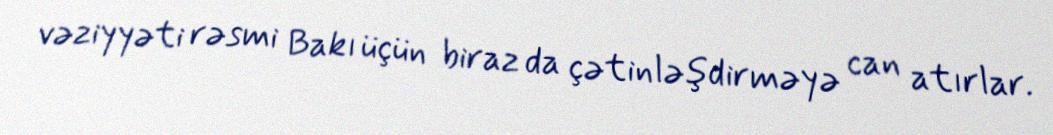
vəziyyəti rəsmi Bakı üçün biraz da çətinləşdirməyə can atırlar.